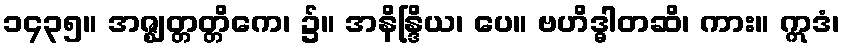
၁၄၃၅။ အဇ္ဈတ္တတ္တိကေ၊ ၌။ အနိန္ဒြိယ၊ ပေ။ ဗဟိဒ္ဓါတဆိ၊ ကား။ ဣဒံ၊